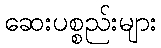
ဆေးပစ္စည်းများ